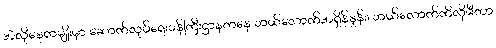
အဲလိုနေရာမျိုးမှာ ဆောက်လုပ်ရေးဝန်ကြီးဌာနကနေ ဘယ်လောက်အရှိန်နှုန်း၊ ဘယ်လောက်ကီလိုမီတာ